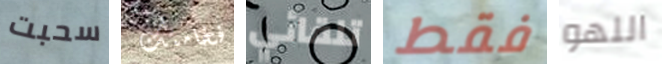
سحبت فخامتك تلقائي فقط اللهو